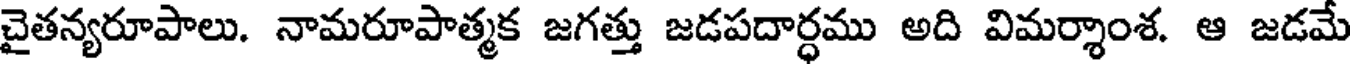
చైతన్యరూపాలు. నామరూపాత్మక జగత్తు జడపదార్ధము అది విమర్శాంశ. ఆ జడమే